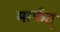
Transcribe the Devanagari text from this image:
मार्फत्‌